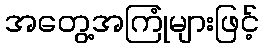
အတွေ့အကြုံများဖြင့်